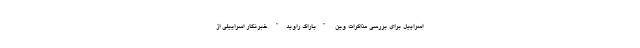
اسراییل برای بررسی مذاکرات وین "باراک راوید" خبرنگار اسراییلی از